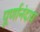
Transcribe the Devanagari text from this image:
पूर्णानंदाय